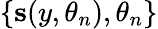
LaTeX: \{ \mathbf{s}(y,\theta_{n}),\theta_{n}\}